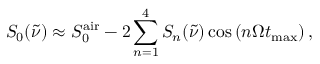
S _ { 0 } ( \tilde { \nu } ) \approx S _ { 0 } ^ { \mathrm { a i r } } - 2 \sum _ { n = 1 } ^ { 4 } S _ { n } ( \tilde { \nu } ) \cos \left( n \Omega t _ { \mathrm { m a x } } \right) ,